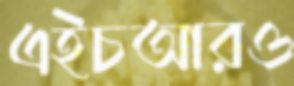
এইচআরও